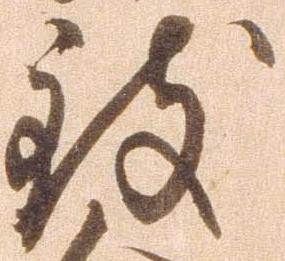
致